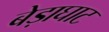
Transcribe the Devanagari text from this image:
बेड़ाघाट